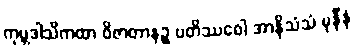
ကုမ္ဘဒါသိကထာ ဝိဇာတာနဉ္စ ပတိဿဝေါ အာနိသံသံ မုနီနံ